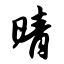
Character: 晴